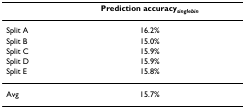
|  | Prediction accuracysinglebin |
 | --- | --- |
 | Split A | 16.2% |
 | Split B | 15.0% |
 | Split C | 15.9% |
 | Split D | 15.9% |
 | Split E | 15.8% |
 | Avg | 15.7% |